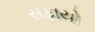
સફાયો